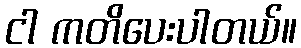
ငါ ကတိပေးပါတယ်။